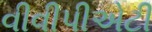
વીવીપીએટી